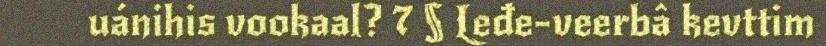
uánihis vookaal? 7 § Leđe-veerbâ kevttim